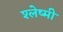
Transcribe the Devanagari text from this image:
श्लेष्मी